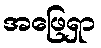
အဖြေရှာ